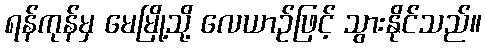
ရန်ကုန်မှ မေမြို့သို့ လေယာဉ်ဖြင့် သွားနိုင်သည်။